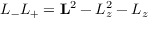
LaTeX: L _ { - } L _ { + } = \mathbf { L } ^ { 2 } - L _ { z } ^ { 2 } - L _ { z }